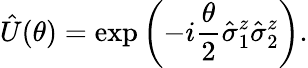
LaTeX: \hat{U}(\theta)=\exp\left(-i\frac{\theta}{2}\hat{\sigma}_{1}^{z}\hat{\sigma}_{2}^{z}\right).